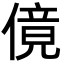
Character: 傹